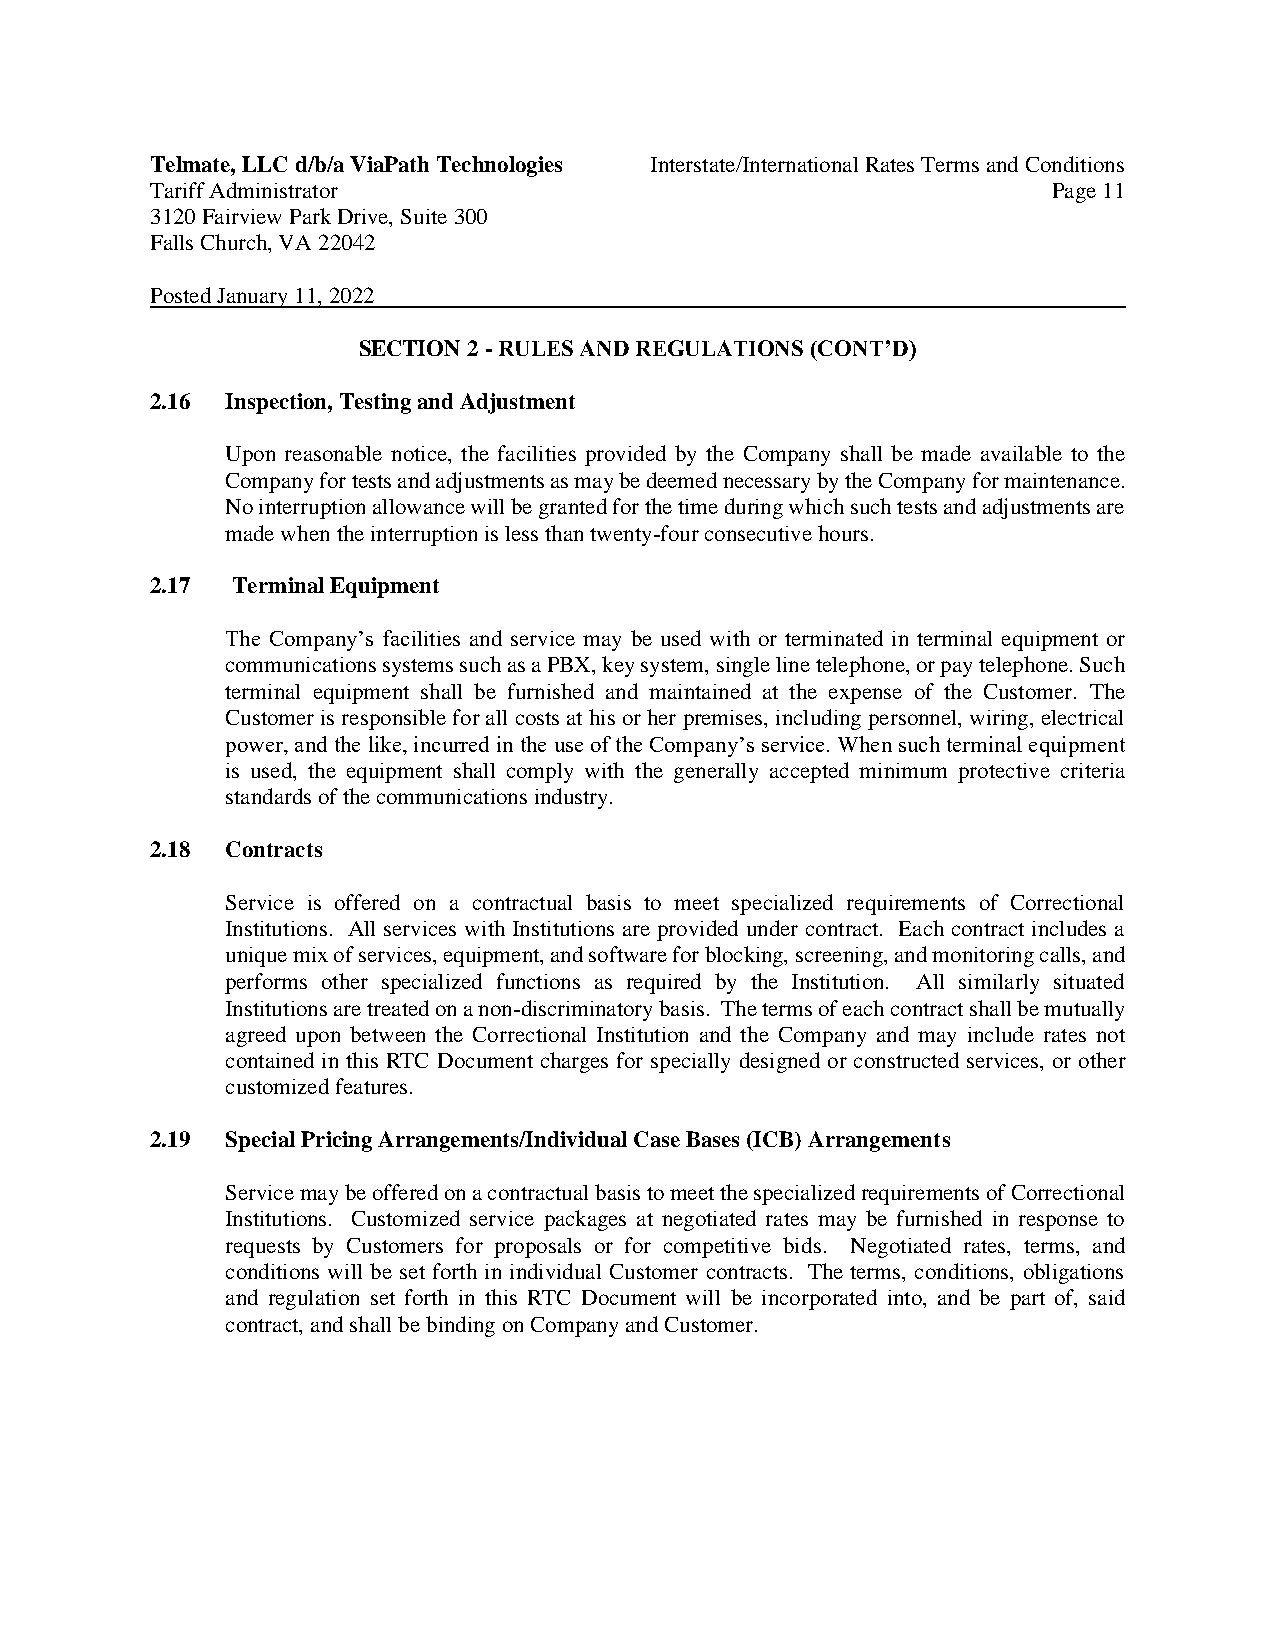
Telmate, LLC d/b/a ViaPath Technologies Interstate/International Rates Terms and Conditions
 Tariff Administrator                                        Page 11
 3120 Fairview Park Drive, Suite 300
 Falls Church, VA 22042
 Posted January 11, 2022
 SECTION 2 - RULES AND REGULATIONS (CONT’D)
 2.16 Inspection, Testing and Adjustment
 Upon reasonable notice, the facilities provided by the Company shall be made available to the
 Company for tests and adjustments as may be deemed necessary by the Company for maintenance.
 No interruption allowance will be granted for the time during which such tests and adjustments are
 made when the interruption is less than twenty-four consecutive hours.
 2.17 Terminal Equipment
 The Company’s facilities and service may be used with or terminated in terminal equipment or
 communications systems such as a PBX, key system, single line telephone, or pay telephone. Such
 terminal equipment shall be furnished and maintained at the expense of the Customer. The
 Customer is responsible for all costs at his or her premises, including personnel, wiring, electrical
 power, and the like, incurred in the use of the Company’s service. When such terminal equipment
 is used, the equipment shall comply with the generally accepted minimum protective criteria
 standards of the communications industry.
 2.18 Contracts
 Service is offered on a contractual basis to meet specialized requirements of Correctional
 Institutions. All services with Institutions are provided under contract. Each contract includes a
 unique mix of services, equipment, and software for blocking, screening, and monitoring calls, and
 performs other specialized functions as required by the Institution. All similarly situated
 Institutions are treated on a non-discriminatory basis. The terms of each contract shall be mutually
 agreed upon between the Correctional Institution and the Company and may include rates not
 contained in this RTC Document charges for specially designed or constructed services, or other
 customized features.
 2.19 Special Pricing Arrangements/Individual Case Bases (ICB) Arrangements
 Service may be offered on a contractual basis to meet the specialized requirements of Correctional
 Institutions. Customized service packages at negotiated rates may be furnished in response to
 requests by Customers for proposals or for competitive bids. Negotiated rates, terms, and
 conditions will be set forth in individual Customer contracts. The terms, conditions, obligations
 and regulation set forth in this RTC Document will be incorporated into, and be part of, said
 contract, and shall be binding on Company and Customer.